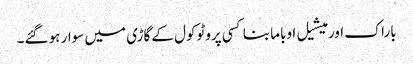
باراک اور میشیل اوباما بنا کسی پروٹوکول کے گاڑی میں سوار ہو گئے۔